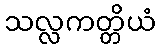
သလ္လကတ္တိယံ